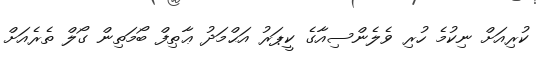
ކުރިއަށް ނިކުމެ ހުރި ވެލެންސިއާގެ ކީޕަރު އަޙްމަދު ޢާޠިފް ބޯމަތިން ގޯލް ތެރެއަށް